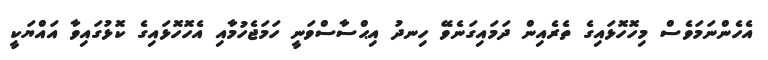
އެހެންނަމަވެސް މިހޮހޮޅައިގެ ތެރެއިން ދަމައިގަނެވޭ ހިނދު އިޙްސާސްވަނީ ހަމަޖެހުމާއި އެހޮހޮޅައިގެ ކޮޅުގައިވާ އައްޔަކީ